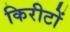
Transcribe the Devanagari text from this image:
किरीटों